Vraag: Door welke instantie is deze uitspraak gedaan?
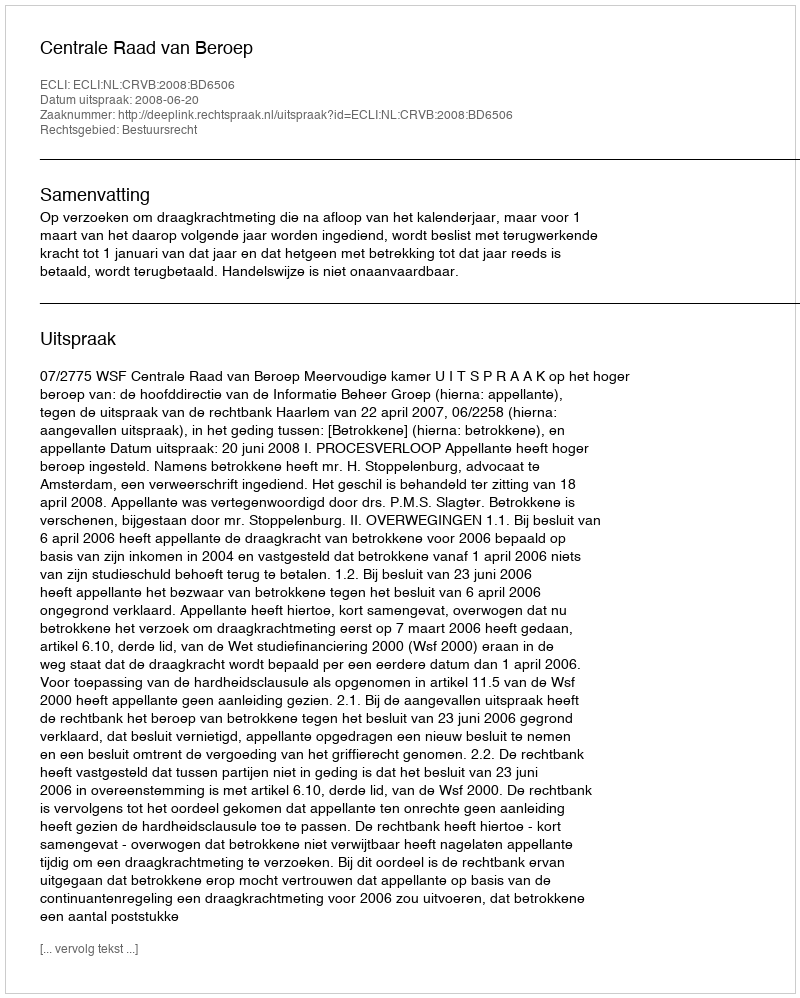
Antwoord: Centrale Raad van Beroep